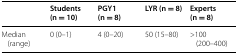
<table><thead><tr><td></td><td><b>Students (n = 10)</b></td><td><b>PGY1 (n = 8)</b></td><td><b>LYR (n = 8)</b></td><td><b>Experts (n = 8)</b></td></tr></thead><tbody><tr><td>Median (range)</td><td>0 (0–1)</td><td>4 (0–20)</td><td>50 (15–80)</td><td>&gt;100 (200–400)</td></tr></tbody></table>